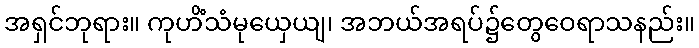
အရှင်ဘုရား။ ကုဟိံသံမုယှေယျ၊ အဘယ်အရပ်၌တွေဝေရာသနည်း။